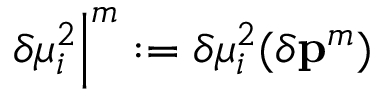
\left. \delta \mu _ { i } ^ { 2 } \right| ^ { m } : = \delta \mu _ { i } ^ { 2 } ( \delta \mathbf { p } ^ { m } )